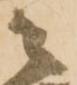
々